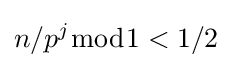
n/p^{j}{\bmod {1}}<1/2